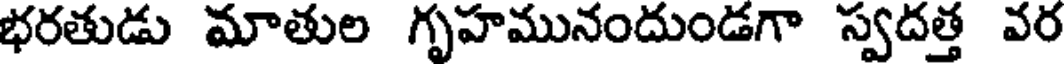
భరతుడు మాతుల గృహమునందుండగా స్వదత్త వర